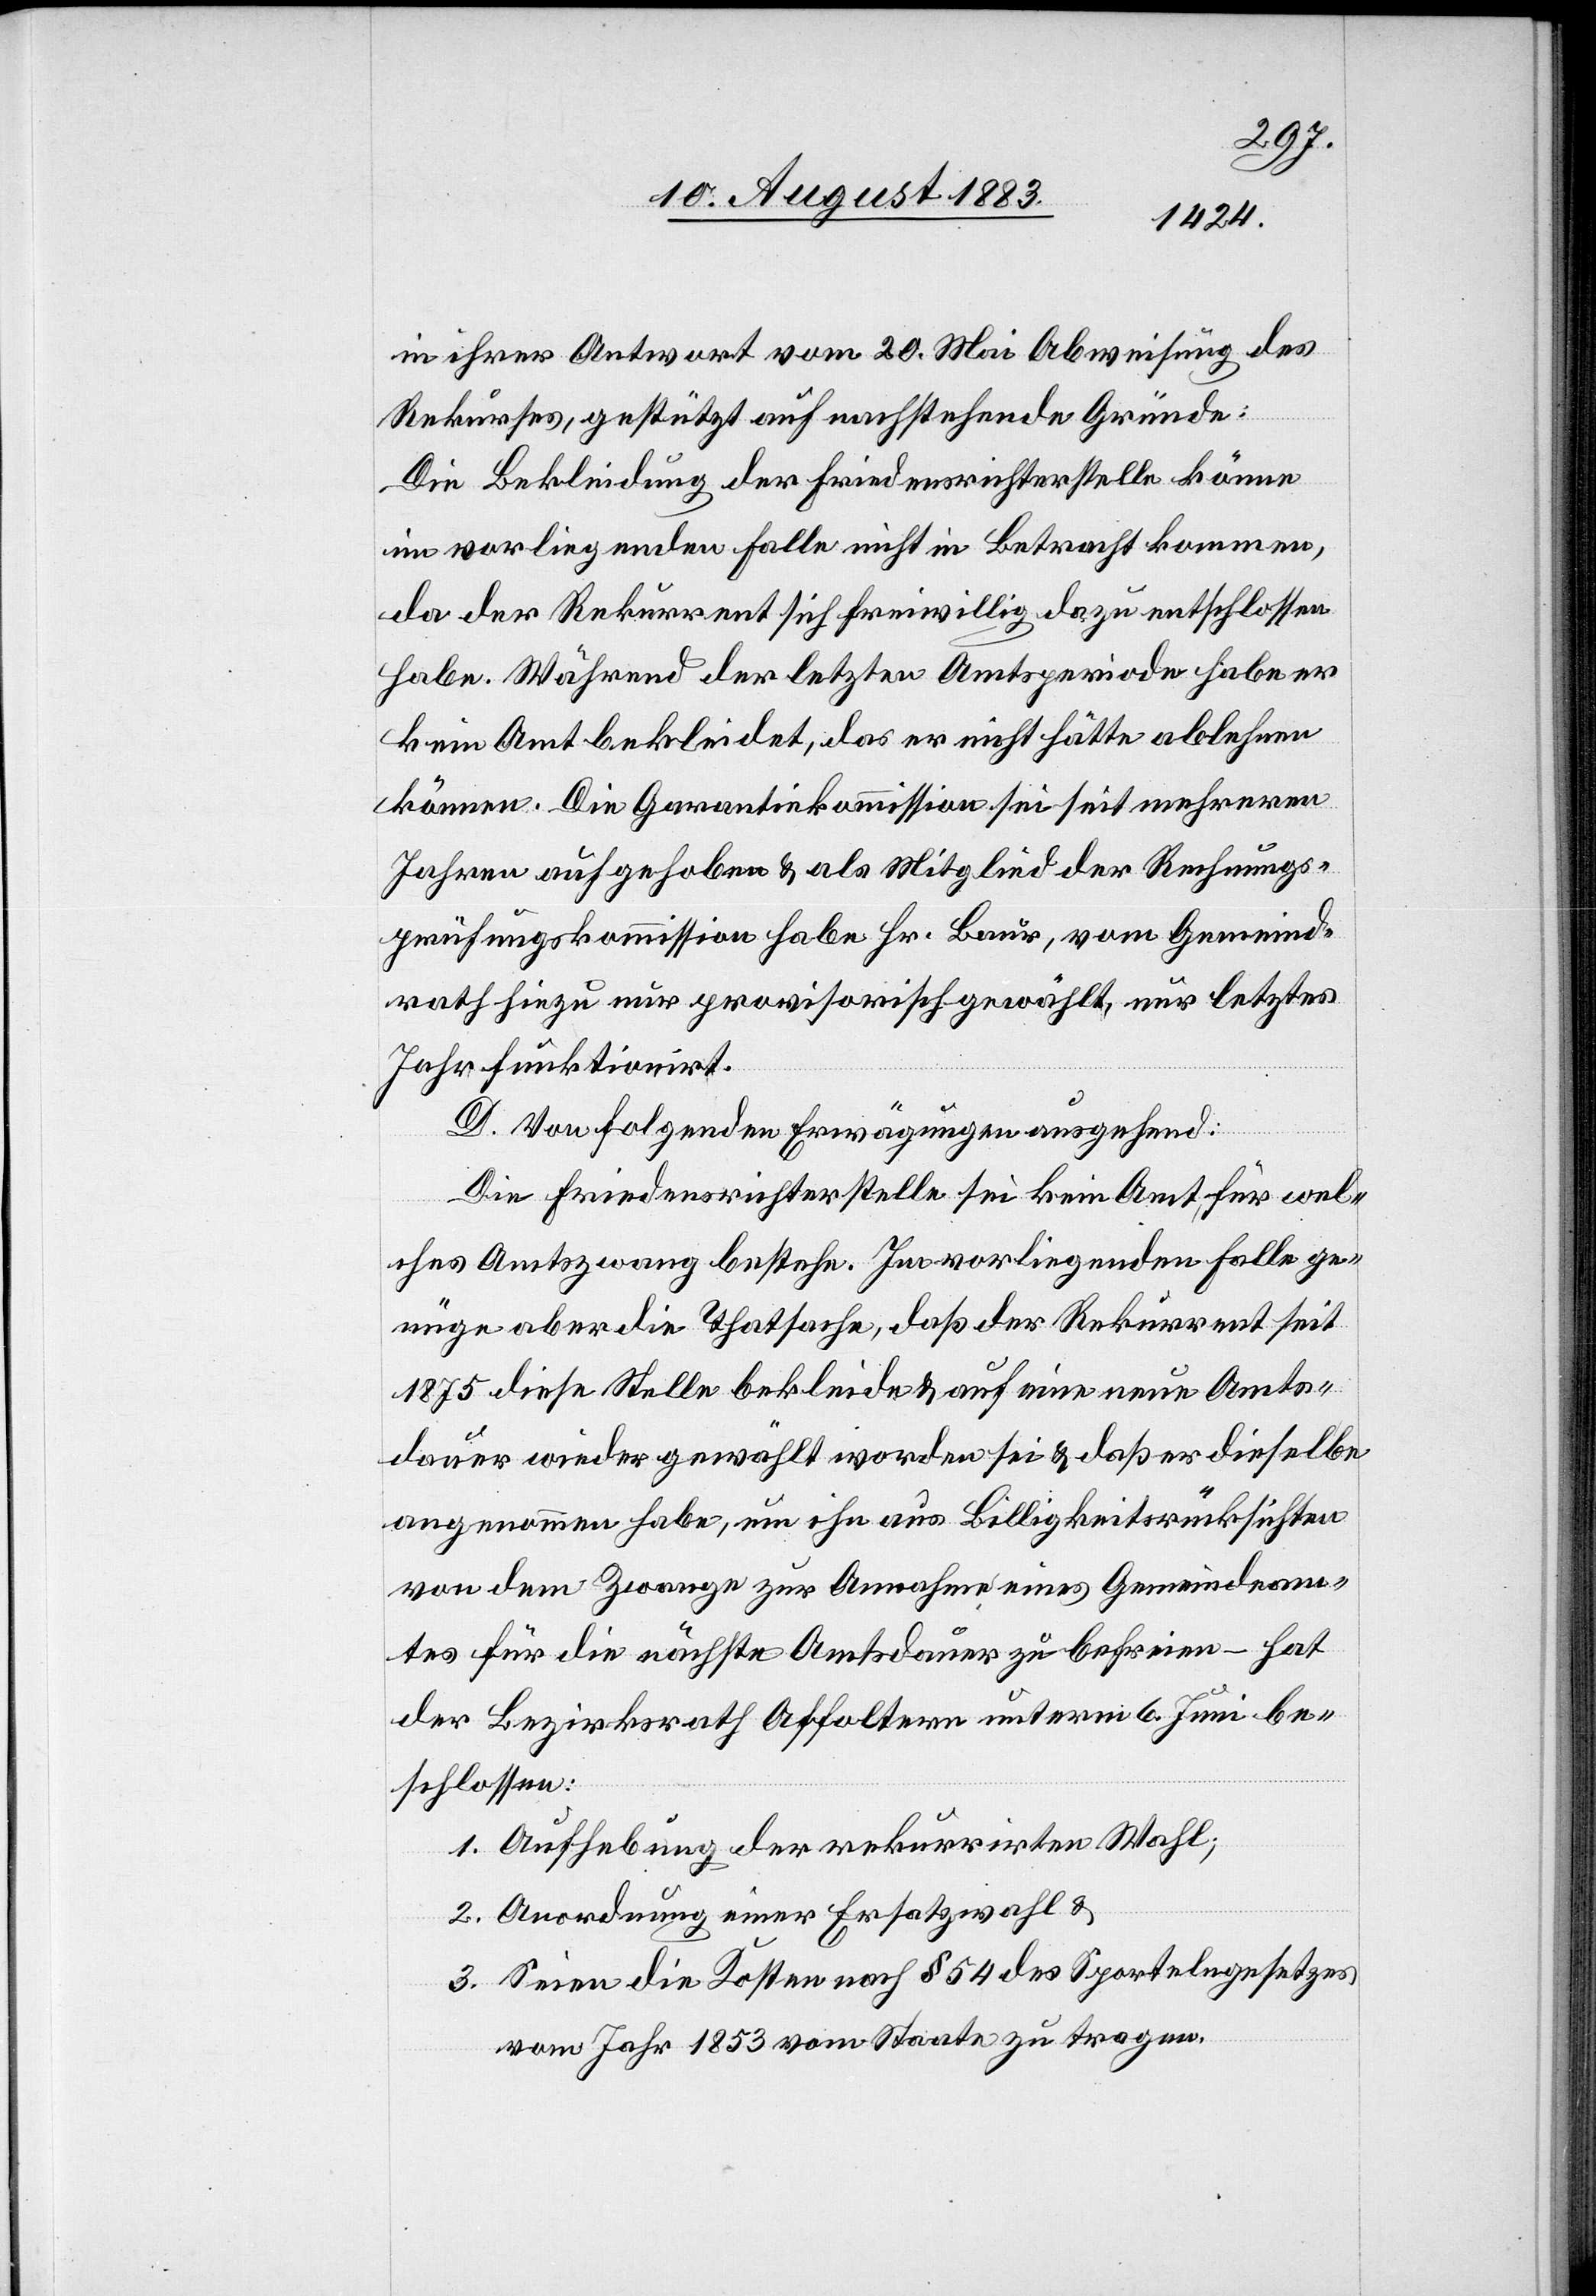
in ihrer Antwort vom 20. Mai Abweisung des
Rekurses, gestützt auf nachstehende Gründe:
Die Bekleidung der Friedensrichterstelle könne
im vorliegenden Falle nicht in Betracht kommen,
da der Rekurrent sich freiwillig dazu entschlossen
habe. Während der letzten Amtsperiode habe er
kein Amt bekleidet, das er nicht hätte ablehnen
können. Die Garantiekommission sei seit mehreren
Jahren aufgehoben & als Mitglied der Rechnungs¬
prüfungskommission habe Hr. Baur, vom Gemeind¬
rath hiezu nur provisorisch gewählt, nur letztes
Jahr funktionirt.
D. Von folgenden Erwägungen ausgehend:
Die Friedensrichterstelle sei kein Amt, für wel¬
ches Amtszwang bestehe. Im vorliegenden Falle ge¬
nüge aber die Thatsache, daß der Rekurrent seit
1875 diese Stelle bekleide & auf eine neue Amts¬
dauer wieder gewählt worden sei & daß er dieselbe
angenommen habe, um ihn aus Billigkeitsrücksichten
von dem Zwange zur Annahme eines Gemeindeam¬
tes für die nächste Amtsdauer zu befreien – hat
der Bezirksrath Affoltern unterm 6. Juni be¬
schlossen:
1. Aufhebung der rekurrirten Wahl;
2. Anordnung einer Ersatzwahl &
3. Seien die Kosten nach § 54 des Sportelngesetzes
vom Jahr 1853 vom Staate zu tragen.